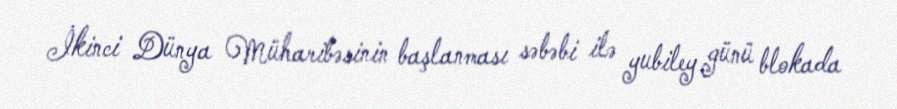
İkinci Dünya Müharibəsinin başlanması səbəbi ilə yubiley günü blokada